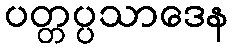
ပတ္တပ္ပသာဒေန